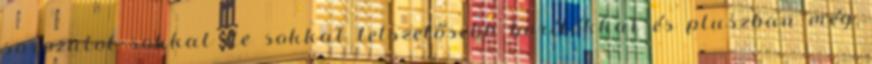
sorozatot sokkal de sokkal tetszetősebb borítókkal és pluszban még